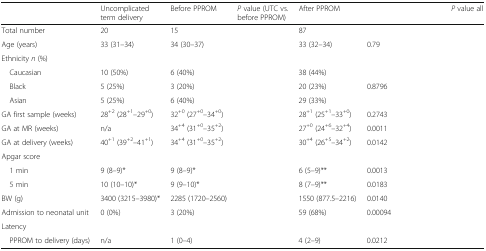
<table><thead><tr><td>[EMPTY_CELL]</td><td><b>Uncomplicated term delivery</b></td><td><b>Before PPROM</b></td><td><b><i>P</i> value (UTC vs. before PPROM)</b></td><td><b>After PPROM</b></td><td>[EMPTY_CELL]</td><td><b><i>P</i> value all</b></td></tr></thead><tbody><tr><td>Total number</td><td>20</td><td>15</td><td>[EMPTY_CELL]</td><td>87</td><td>[EMPTY_CELL]</td><td>[EMPTY_CELL]</td></tr><tr><td>Age (years)</td><td>33 (31–34)</td><td>34 (30–37)</td><td>[EMPTY_CELL]</td><td>33 (32–34)</td><td>0.79</td><td>[EMPTY_CELL]</td></tr><tr><td colspan="7">Ethnicity <i>n</i> (%)</td></tr><tr><td> Caucasian</td><td>10 (50%)</td><td>6 (40%)</td><td>[EMPTY_CELL]</td><td>38 (44%)</td><td>[EMPTY_CELL]</td><td>[EMPTY_CELL]</td></tr><tr><td> Black</td><td>5 (25%)</td><td>3 (20%)</td><td>[EMPTY_CELL]</td><td>20 (23%)</td><td>0.8796</td><td>[EMPTY_CELL]</td></tr><tr><td> Asian</td><td>5 (25%)</td><td>6 (40%)</td><td>[EMPTY_CELL]</td><td>29 (33%)</td><td>[EMPTY_CELL]</td><td>[EMPTY_CELL]</td></tr><tr><td>GA first sample (weeks)</td><td>28<sup>+2</sup> (28<sup>+1</sup>–29<sup>+0</sup>)</td><td>32<sup>+0</sup> (27<sup>+0</sup>–34<sup>+0</sup>)</td><td>[EMPTY_CELL]</td><td>28<sup>+1</sup> (25<sup>+1</sup>–33<sup>+0</sup>)</td><td>0.2743</td><td>[EMPTY_CELL]</td></tr><tr><td>GA at MR (weeks)</td><td>n/a</td><td>34<sup>+4</sup> (31<sup>+0</sup>–35<sup>+2</sup>)</td><td>[EMPTY_CELL]</td><td>27<sup>+0</sup> (24<sup>+6</sup>–32<sup>+4</sup>)</td><td>0.0011</td><td>[EMPTY_CELL]</td></tr><tr><td>GA at delivery (weeks)</td><td>40<sup>+1</sup> (39<sup>+2</sup>–41<sup>+1</sup>)</td><td>34<sup>+4</sup> (31<sup>+0</sup>–35<sup>+2</sup>)</td><td>[EMPTY_CELL]</td><td>30<sup>+4</sup> (26<sup>+5</sup>–34<sup>+2</sup>)</td><td>0.0142</td><td>[EMPTY_CELL]</td></tr><tr><td colspan="7">Apgar score</td></tr><tr><td> 1 min</td><td>9 (8–9)*</td><td>9 (8–9)*</td><td>[EMPTY_CELL]</td><td>6 (5–9)**</td><td>0.0013</td><td>[EMPTY_CELL]</td></tr><tr><td> 5 min</td><td>10 (10–10)*</td><td>9 (9–10)*</td><td>[EMPTY_CELL]</td><td>8 (7–9)**</td><td>0.0183</td><td>[EMPTY_CELL]</td></tr><tr><td>BW (g)</td><td>3400 (3215–3980)*</td><td>2285 (1720–2560)</td><td>[EMPTY_CELL]</td><td>1550 (877.5–2216)</td><td>0.0140</td><td>[EMPTY_CELL]</td></tr><tr><td>Admission to neonatal unit</td><td>0 (0%)</td><td>3 (20%)</td><td>[EMPTY_CELL]</td><td>59 (68%)</td><td>0.00094</td><td>[EMPTY_CELL]</td></tr><tr><td colspan="7">Latency</td></tr><tr><td> PPROM to delivery (days)</td><td>n/a</td><td>1 (0–4)</td><td>[EMPTY_CELL]</td><td>4 (2–9)</td><td>0.0212</td><td>[EMPTY_CELL]</td></tr></tbody></table>